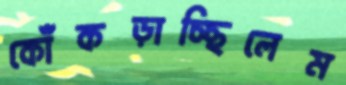
কোঁকড়াচ্ছিলেম